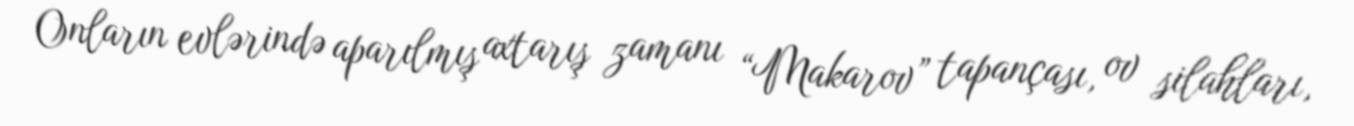
Onların evlərində aparılmış axtarış zamanı “Makarov” tapançası, ov silahları,